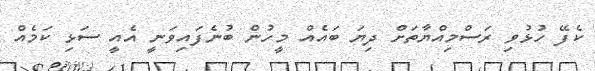
ކެފޭ ހުޅުވި ރަސްމިއްޔާތަށް ދިޔަ ބައެއް މީހުން ބުނެފައިވަނީ އެއީ ސަޅި ކަމެއް